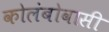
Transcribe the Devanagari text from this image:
कोलंबोवासी